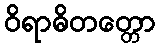
ဝိရာဓိတတ္တော